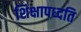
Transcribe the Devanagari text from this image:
शिक्षापध्दति